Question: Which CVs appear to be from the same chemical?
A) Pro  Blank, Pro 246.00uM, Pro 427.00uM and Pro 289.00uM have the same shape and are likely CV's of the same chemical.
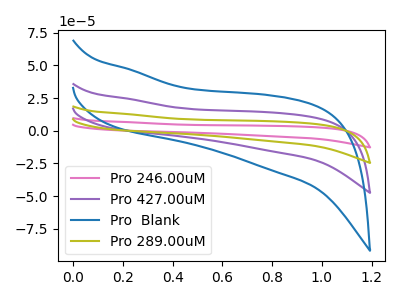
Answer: <think>The pink curve "Pro 246.00uM" has no peaks. The purple curve "Pro 427.00uM" has no peaks. The blue curve "Pro  Blank" has no peaks. The olive curve "Pro 289.00uM" has no peaks.
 Neither "Pro 246.00uM" or "Pro 427.00uM" have any peaks. Neither "Pro 246.00uM" or "Pro  Blank" have any peaks. Neither "Pro 246.00uM" or "Pro 289.00uM" have any peaks. Neither "Pro 427.00uM" or "Pro  Blank" have any peaks. Neither "Pro 427.00uM" or "Pro 289.00uM" have any peaks. Neither "Pro  Blank" or "Pro 289.00uM" have any peaks.</think>
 <answer>A) "Pro  Blank", "Pro 246.00uM", "Pro 427.00uM" and "Pro 289.00uM" have the same shape and are likely CV's of the same chemical.</answer>
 <eval>A</eval>